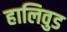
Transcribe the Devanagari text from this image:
हालिवुड